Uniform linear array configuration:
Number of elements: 4
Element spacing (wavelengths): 0.5
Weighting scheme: blackman
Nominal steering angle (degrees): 45
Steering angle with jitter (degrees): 44.181
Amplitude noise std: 0.05
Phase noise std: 0.05

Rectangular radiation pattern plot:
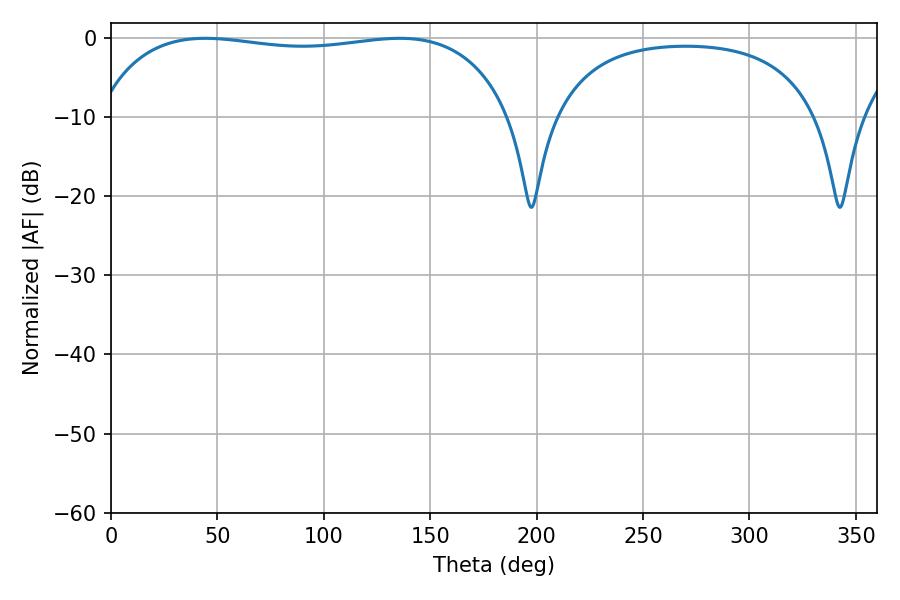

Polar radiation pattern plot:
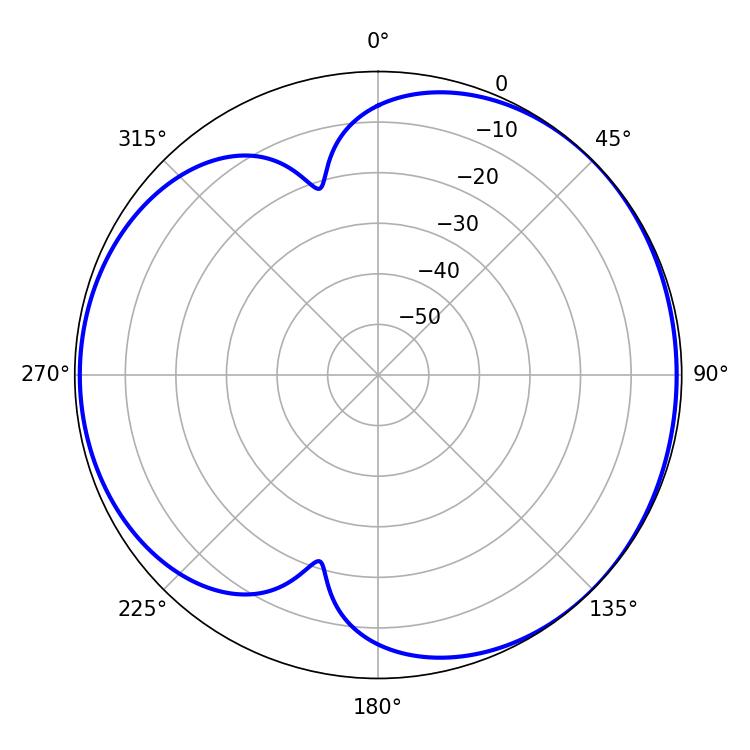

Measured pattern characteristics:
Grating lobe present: FALSE
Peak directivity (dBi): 4.439
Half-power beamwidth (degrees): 156.96
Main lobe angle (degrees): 44.28